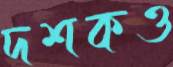
দশকও